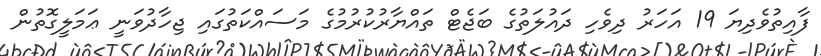
ފާއިތުވެދިޔަ 19 އަހަރު ދިވެހި ދައުލަތުގެ ބަޖެޓް ތައްޔާރުކުރުމުގެ މަސައްކަތުގައި ޖިހާދުވަނީ ޢަމަލީގޮތުން